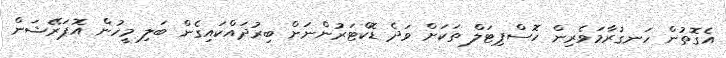
އެގޮތުން ހަނގުރާމަވެރިން ހޮސްޕިޓަލް ތަކަށް ވަދެ ޑޮކްޓަރުންނަށް ބިރުދައްކައިގެން ބަލި މީހުން އޮޕަރޭޝަން